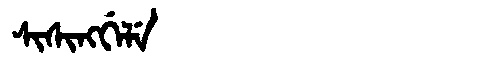
Manchu: ᠰᡳᠰᡳᠩᡤᡝᠯᡝ
Romanization: SISINGGELE